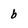
Character: b